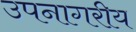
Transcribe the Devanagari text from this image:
उपनागरीय